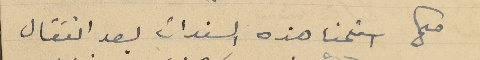
صح استلمنا هذه السندات بعد انتقال